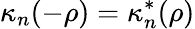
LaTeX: \kappa_{n}(-\rho)={\kappa}_{n}^{*}(\rho)